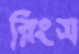
রিংস